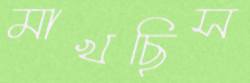
মাখছিস